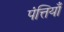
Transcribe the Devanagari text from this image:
पंत्तियाँ